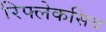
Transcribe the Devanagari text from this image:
रिफ्लेकसिव